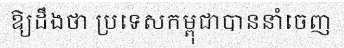
ឱ្យដឹងថា ប្រទេសកម្ពុជាបាននាំចេញ